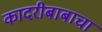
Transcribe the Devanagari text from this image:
कादरीबाबाचा